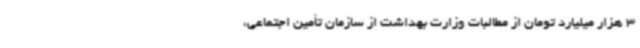
3 هزار میلیارد تومان از مطالبات وزارت بهداشت از سازمان تأمین اجتماعی،